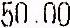
50.00